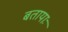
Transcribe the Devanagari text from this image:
बतायाः